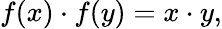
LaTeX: f(x)\cdot f(y)=x\cdot y,